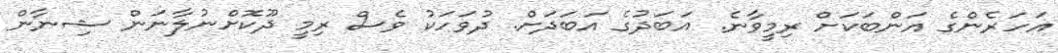
އަހަރެންގެ އަންބަކަށް ރިމީވާނެ. އަބަދުގެ އަބަދަށް. ދުވަހަކު ވެސް ރިމީ ދޫކޮށްނުލާނަން ޝިނާން